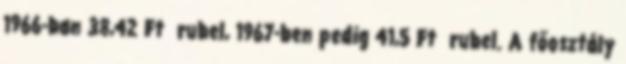
1966-ban 38,42 Ft rubel, 1967-ben pedig 41,5 Ft rubel. A főosztály